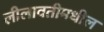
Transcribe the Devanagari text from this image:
लीलावतीमधील